Report of the Indian Hemp Drugs Commission, 1894-1895 - Volume VIII
Year: 1894
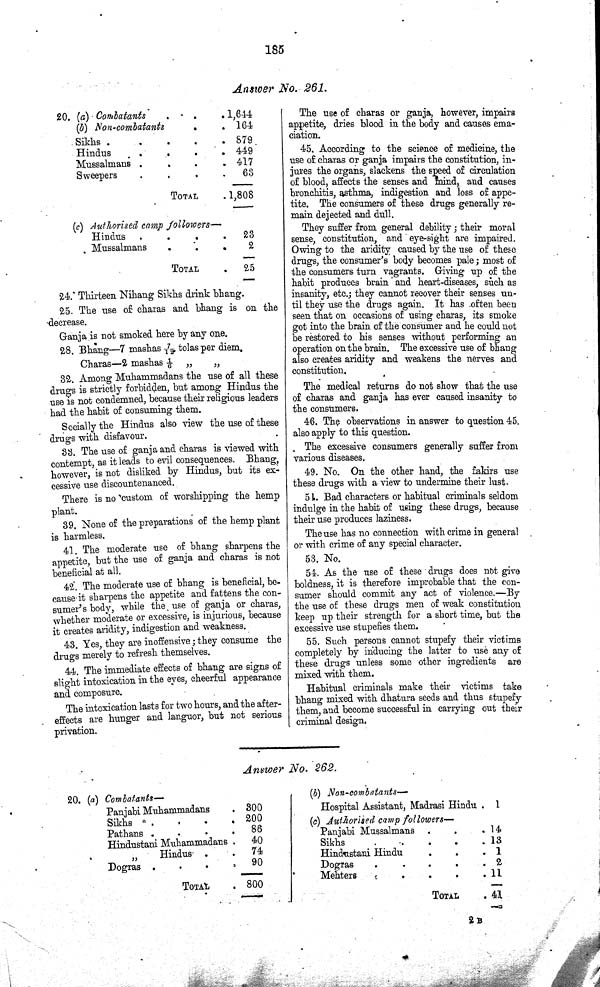
185
Answer No. 261.
20. (a) Combatants
1,644
(b) Non-combatants
164
Sikhs
879
Hindus
449
Mussalmans
417
Sweepers
63
TOTAL
1,808
(c) Authorised camp followers—
Hindus
23
Mussalmans
2
TOTAL
25
24. Thirteen Nihang Sikhs drink bhang.
25. The use of charas and bhang is on the
decrease.
Ganja is not smoked here by any one.
28. Bhang—7 mashas 7/12 tolas per diem.
Charas—2 mashas 1/6 „
„
32. Among Muhammadans the use of all these
drugs is strictly forbidden, but among Hindus the
use is not condemned, because their religious leaders
had the habit of consuming them.
Socially the Hindus also view the use of these
drugs with disfavour.
33. The use of ganja and charas is viewed with
contempt, as it leads to evil consequences. Bhang,
however, is not disliked by Hindus, but its ex¬
cessive use discountenanced.
There is no custom of worshipping the hemp
plant.
39. None of the preparations of the hemp plant
is harmless.
41. The moderate use of bhang sharpens the
appetite, but the use of ganja and charas is not
beneficial at all.
42. The moderate use of bhang is beneficial, be¬
cause it sharpens the appetite and fattens the con¬
sumer's body, while the use of ganja or charas,
whether moderate or excessive, is injurious, because
it creates aridity, indigestion and weakness.
43. Yes, they are inoffensive; they consume the
drugs merely to refresh themselves.
44. The immediate effects of bhang are signs of
slight intoxication in the eyes, cheerful appearance
and composure.
The intoxication lasts for two hours, and the after¬
effects are hunger and languor, but not serious
privation.
The use of charas or ganja, however, impairs
appetite, dries blood in the body and causes ema¬
ciation.
45. According to the science of medicine, the
use of charas or ganja impairs the constitution, in¬
jures the organs, slackens the speed of circulation
of blood, affects the senses and mind, and causes
bronchitis, asthma, indigestion and loss of appe¬
tite. The consumers of these drugs generally re¬
main dejected and dull.
They suffer from general debility; their moral
sense, constitution, and eye-sight are impaired.
Owing to the aridity caused by the use of these
drugs, the consumer's body becomes pale; most of
the consumers turn vagrants. Giving up of the
habit produces brain and heart-diseases, such as
insanity, etc.; they cannot recover their senses un¬
til they use the drugs again. It has often been
seen that on occasions of using charas, its smoke
got into the brain of the consumer and he could not
be restored to his senses without performing an
operation on the brain. The excessive use of bhang
also creates aridity and weakens the nerves and
constitution.
The medical returns do not show that the use
of charas and ganja has ever caused insanity to
the consumers.
46. The observations in answer to question 45.
also apply to this question.
The excessive consumers generally suffer from
various diseases.
49. No. On the other hand, the fakirs use
these drugs with a view to undermine their lust.
51. Bad characters or habitual criminals seldom
indulge in the habit of using these drugs, because
their use produces laziness.
The use has no connection with crime in general
or with crime of any special character.
53. No.
54. As the use of these drugs does not give
boldness, it is therefore improbable that the con¬
sumer should commit any act of violence.—By
the use of these drugs men of weak constitution
keep up their strength for a short time, but the
excessive use stupefies them.
55. Such persons cannot stupefy their victims
completely by inducing the latter to use any of
these drugs unless some other ingredients are
mixed with them.
Habitual criminals make their victims take
bhang mixed with dhatura seeds and thus stupefy
them, and become successful in carrying out their
criminal design.
Answer No. 262.
20. (a) Combatants—
Panjabi Muhammadans
300
Sikhs
200
Pathans
86
Hindustani Muhammadans
40
"
Hindus
74
Dogras
90
TOTAL
800
(b) Non-combatants—
Hospital Assistant, Madrasi Hindu . 1
(c) Authorised camp followers—
Panjabi Mussalmans
14
Sikhs
13
Hindustani Hindu
1
Dogras
2
Mehters
11
TOTAL
41
2 B